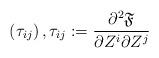
LaTeX: \begin{align*} \left(\tau_{ij}\right), \tau_{ij}:=\frac{\partial^2 \mathfrak{F}}{\partial Z^i\partial Z^j} \end{align*}